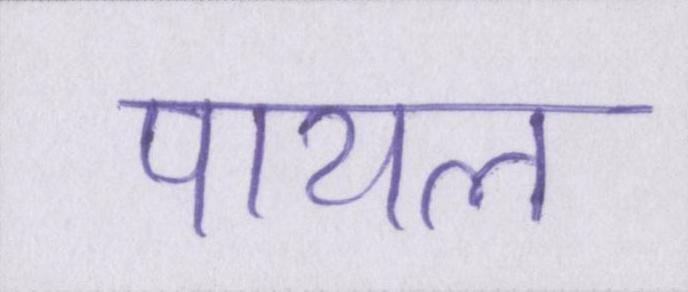
पायल